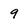
Character: 9